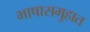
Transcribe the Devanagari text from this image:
भाषासमुहात